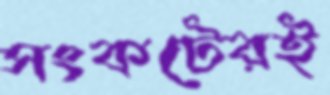
সংকটেরই